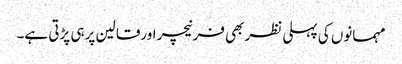
مہمانوں کی پہلی نظربھی فرنیچر اورقالین پرہی پڑتی ہے۔